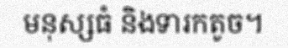
មនុស្សធំ និងទារកតូច។